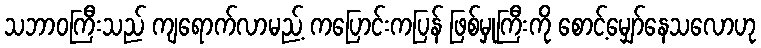
သဘာဝကြီးသည် ကျရောက်လာမည့် ကပြောင်းကပြန် ဖြစ်မှုကြီးကို စောင့်မျှော်နေသလောဟု